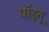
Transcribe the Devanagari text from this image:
पॉइतू